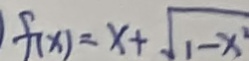
f ( x ) = x + \sqrt { 1 - x ^ { 2 } }